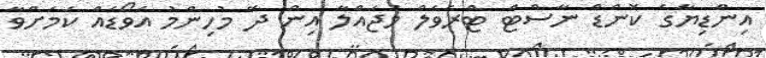
އިންޑިޔާގެ ކޮންޑް ނާސްޓް ޓްރެވެލް މަޖައްލާ އިން ދޭ މުހިންމު އެވޯޑެއް ކަމަށްވާ